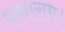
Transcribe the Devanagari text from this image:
समासम।